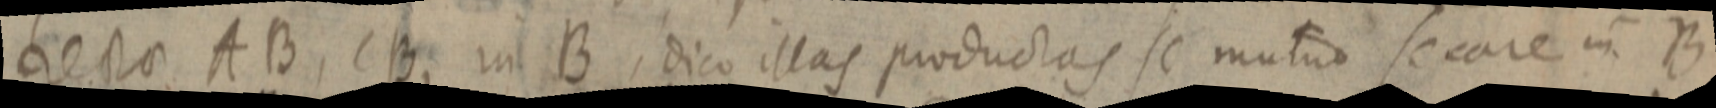
rectae AB, CB, in B, dico illas productas se mutuo secare in B